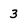
Character: 3